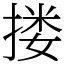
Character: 搂